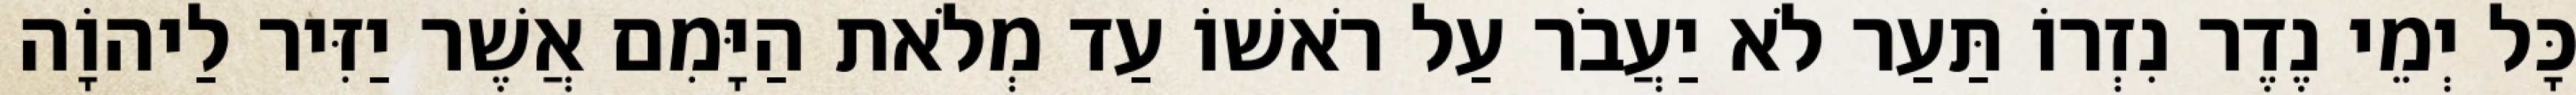
כָּל יְמֵי נֶדֶר נִזְרוֹ תַּעַר לֹא יַעֲבֹר עַל רֹאשׁוֹ עַד מְלֹאת הַיָּמִם אֲשֶׁר יַזִּיר לַיהוָֹה